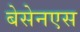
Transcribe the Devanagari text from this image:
बेसेनएस